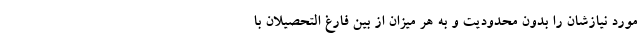
مورد نیازشان را بدون محدودیت و به هر میزان از بین فارغ التحصیلان با